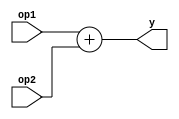
/********************************************************************************
 *                                                                              *
 *                          Yu Core - Single Cycle Version                      *
 *                                                                              *
 *------------------------------------------------------------------------------*
 * Description : This file gives a general adder                                *
 ********************************************************************************/
 
module Adder #(parameter OPERAND_WIDTH = 32) (y, op1, op2);
    input  [OPERAND_WIDTH - 1 : 0] op1;
    input  [OPERAND_WIDTH - 1 : 0] op2;
    output [OPERAND_WIDTH - 1 : 0] y;

    assign y = op1 + op2;
endmodule